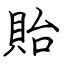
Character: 貽